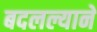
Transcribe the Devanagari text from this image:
बदलल्याने